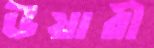
উয়ারী